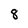
Character: 8